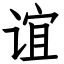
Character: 谊